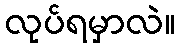
လုပ်ရမှာလဲ။